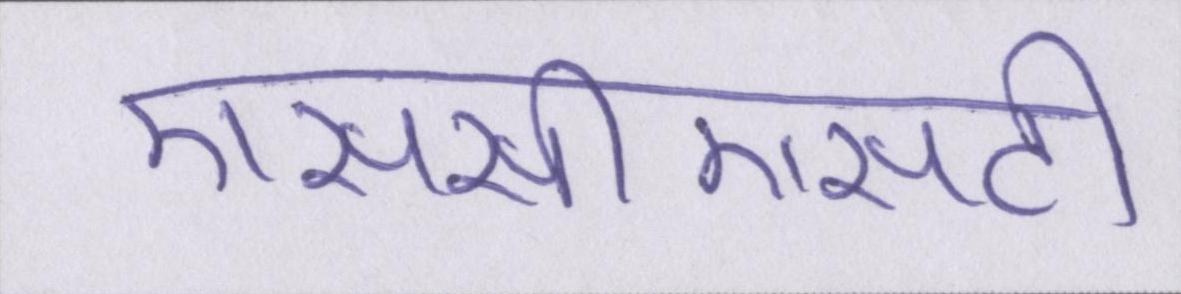
एससीएसटी